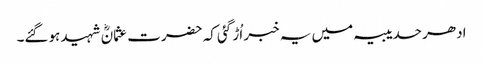
ادھر حدیبیہ میں یہ خبر اُڑ گئی کہ حضرت عثمانؓ شہید ہوگئے۔